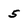
Character: 5